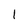
Character: l